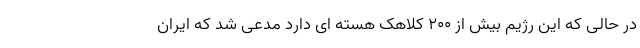
در حالی که این رژیم بیش از ۲۰۰ کلاهک هسته ای دارد مدعی شد که ایران